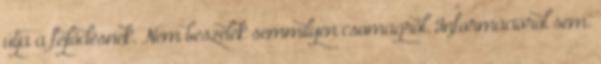
útja a fejlődésnek. Nem beszélek semmilyen csomagról. Információról sem.